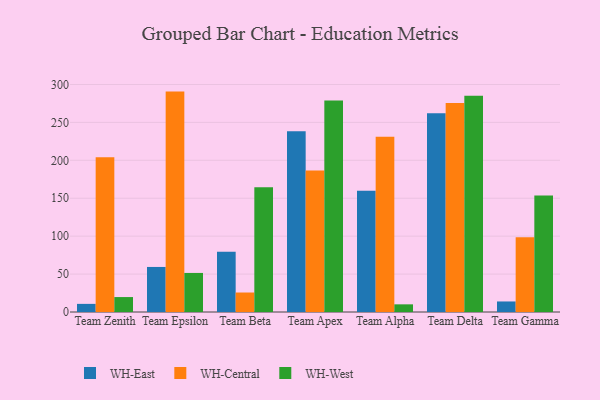
{"axis": {"x": "Team", "y": "Budget (USD K)"}, "legend": ["WH-Central", "WH-East", "WH-West"], "data": [{"x": "Team Zenith", "y": 10.7, "type": "WH-East"}, {"x": "Team Zenith", "y": 204.1, "type": "WH-Central"}, {"x": "Team Zenith", "y": 19.7, "type": "WH-West"}, {"x": "Team Epsilon", "y": 59.4, "type": "WH-East"}, {"x": "Team Epsilon", "y": 290.6, "type": "WH-Central"}, {"x": "Team Epsilon", "y": 51.5, "type": "WH-West"}, {"x": "Team Beta", "y": 79.4, "type": "WH-East"}, {"x": "Team Beta", "y": 25.7, "type": "WH-Central"}, {"x": "Team Beta", "y": 164.4, "type": "WH-West"}, {"x": "Team Apex", "y": 238.4, "type": "WH-East"}, {"x": "Team Apex", "y": 186.7, "type": "WH-Central"}, {"x": "Team Apex", "y": 278.8, "type": "WH-West"}, {"x": "Team Alpha", "y": 159.9, "type": "WH-East"}, {"x": "Team Alpha", "y": 231.1, "type": "WH-Central"}, {"x": "Team Alpha", "y": 10.1, "type": "WH-West"}, {"x": "Team Delta", "y": 262.2, "type": "WH-East"}, {"x": "Team Delta", "y": 275.6, "type": "WH-Central"}, {"x": "Team Delta", "y": 285.2, "type": "WH-West"}, {"x": "Team Gamma", "y": 13.9, "type": "WH-East"}, {"x": "Team Gamma", "y": 98.6, "type": "WH-Central"}, {"x": "Team Gamma", "y": 153.7, "type": "WH-West"}]}